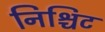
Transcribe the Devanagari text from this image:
निश्चिट